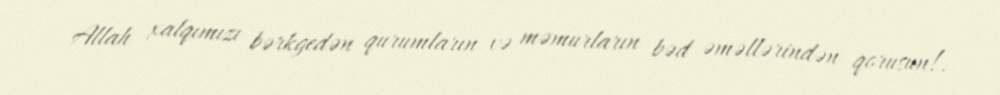
Allah xalqımızı bərkgedən qurumların və məmurların bəd əməllərindən qorusun!.